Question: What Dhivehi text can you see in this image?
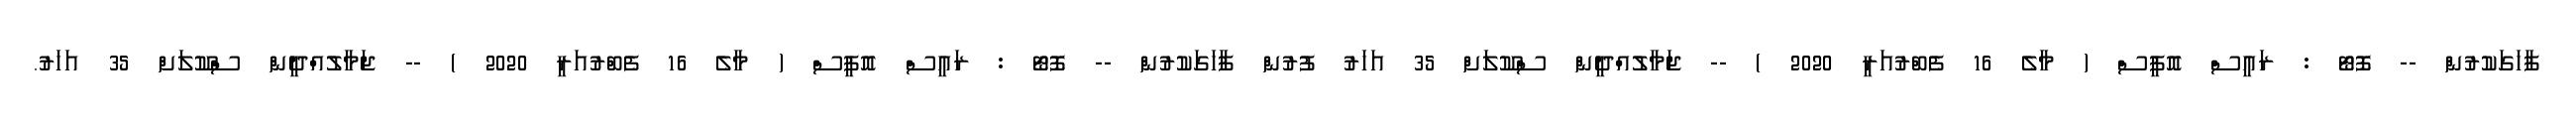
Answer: ފާހަގަކުރުން -- ފޮޓޯ : ރައީސް އޮފީސް ( މާލެ 16 ފެބްރުއަރީ 2020 ) -- ޖަމާލުއްދީން ސްކޫލަށް 35 އަހަރު ފުރުން ފާހަގަކުރުން -- ފޮޓޯ : ރައީސް އޮފީސް ( މާލެ 16 ފެބްރުއަރީ 2020 ) -- ޖަމާލުއްދީން ސްކޫލަށް 35 އަހަރު.